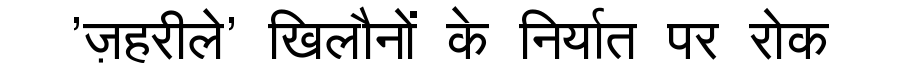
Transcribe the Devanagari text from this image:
'ज़हरीले' खिलौनों के निर्यात पर रोक